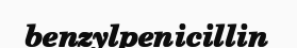
benzylpenicillin